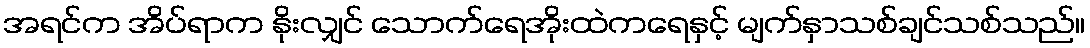
အရင်က အိပ်ရာက နိုးလျှင် သောက်ရေအိုးထဲကရေနှင့် မျက်နှာသစ်ချင်သစ်သည်။